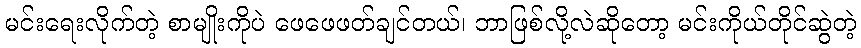
မင်းရေးလိုက်တဲ့ စာမျိုးကိုပဲ ဖေဖေဖတ်ချင်တယ်၊ ဘာဖြစ်လို့လဲဆိုတော့ မင်းကိုယ်တိုင်ဆွဲတဲ့